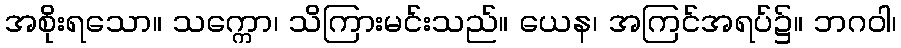
အစိုးရသော။ သက္ကော၊ သိကြားမင်းသည်။ ယေန၊ အကြင်အရပ်၌။ ဘဂဝါ၊